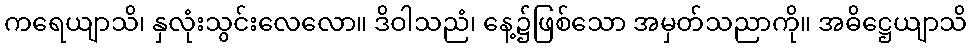
ကရေယျာသိ၊ နှလုံးသွင်းလေလော။ ဒိဝါသညံ၊ နေ့၌ဖြစ်သော အမှတ်သညာကို။ အဓိဋ္ဌေယျာသိ